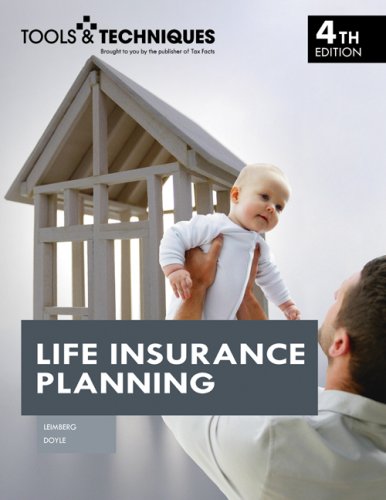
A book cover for Tools and Techniques of Life Insurance Planning (Tools & Techniques); Stephan R. Leimberg; Business & Money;